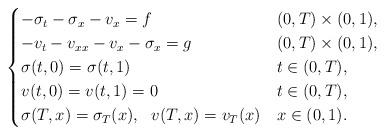
LaTeX: \begin{align*}\begin{cases}-\sigma_t - \sigma_x - v_{x}=f & (0,T)\times (0,1),\\-v_{t} - v_{xx} - v_x - \sigma_x = g & (0,T)\times (0,1),\\\sigma(t,0)=\sigma(t,1) & t\in(0,T), \\v(t,0)=v(t,1)=0 & t\in(0,T), \\\sigma(T,x)= \sigma_T(x),\ \ v(T,x)= v_T(x) & x\in(0,1).\end{cases}\end{align*}